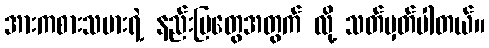
အားကစားသမားရဲ့ နည်းပြတွေအတွက် လို့ သတ်မှတ်ပါတယ်။